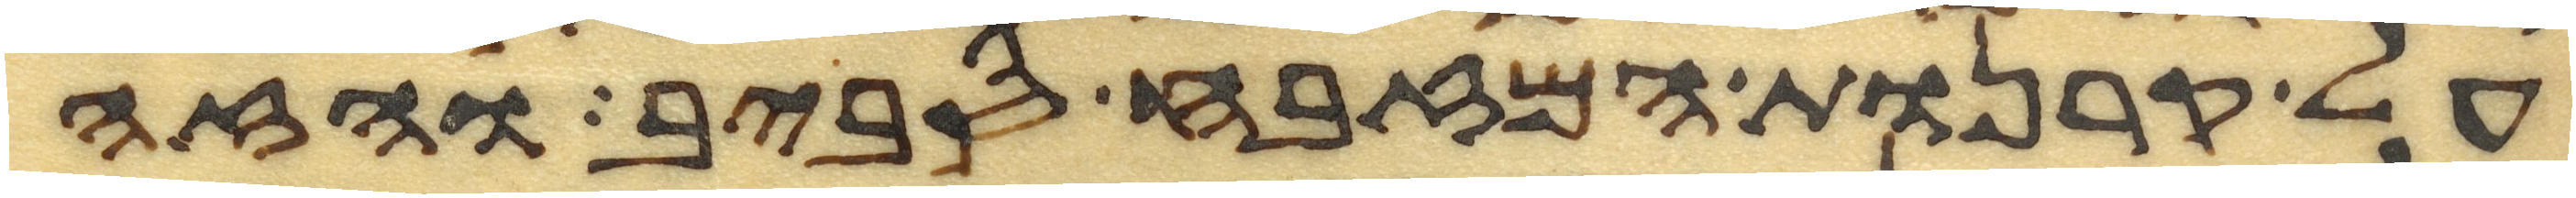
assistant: על קרנות המזבח סביב והזה